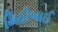
મિઠીબાઈ